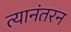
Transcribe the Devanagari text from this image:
त्यानंतरन